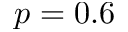
p = 0 . 6